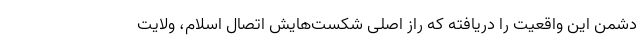
دشمن این واقعیت را دریافته که راز اصلی شکست‌هایش اتصال اسلام، ولایت